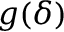
g ( \delta )